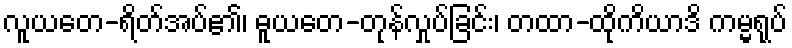
လူယတေ-ရိတ်အပ်၏၊ ဓူယတေ-တုန်လှုပ်ခြင်း၊ တထာ-ထိုကိယာဒိ ကမ္မရုပ်